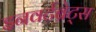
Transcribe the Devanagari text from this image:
इनवर्टब्रेट्स